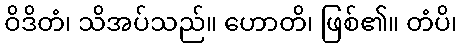
ဝိဒိတံ၊ သိအပ်သည်။ ဟောတိ၊ ဖြစ်၏။ တံပိ၊